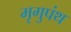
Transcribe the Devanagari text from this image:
मृगुपंथ